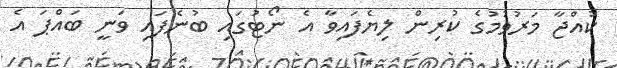
ކުއްޖާ މަރުވުމުުގެ ކުރިން ލިޔެފައިވާ އެ ނޯޓުގައި ބުނެފައި ވަނީ ބައްޕަ އެ